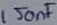
Text: 150nF